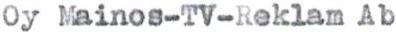
Oy Mainos-TV-Reklam Ab